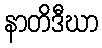
နာတိဒီဃာ